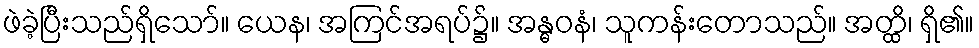
ဖဲခဲ့ပြီးသည်ရှိသော်။ ယေန၊ အကြင်အရပ်၌။ အန္ဓဝနံ၊ သူကန်းတောသည်။ အတ္ထိ၊ ရှိ၏။